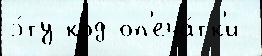
э́ту код оп'еча́тк'и